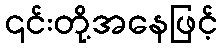
၎င်းတို့အနေဖြင့်